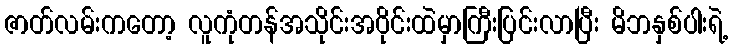
ဇာတ်လမ်းကတော့ လူကုံတန်အသိုင်းအဝိုင်းထဲမှာကြီးပြင်းလာပြီး မိဘနှစ်ပါးရဲ့